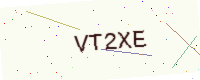
Text: VT2XE